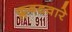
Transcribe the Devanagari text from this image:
क्लबडवारे